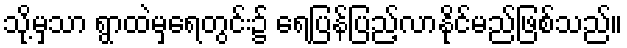
သို့မှသာ ရွာထဲမှရေတွင်း၌ ရေပြန်ပြည့်လာနိုင်မည်ဖြစ်သည်။